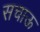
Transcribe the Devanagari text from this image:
सचाऊ